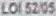
CLG5209